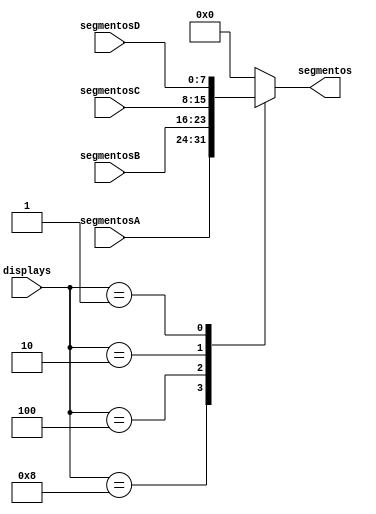
module multiplexadorSegmentos(segmentosA, segmentosB, segmentosC, segmentosD, displays, segmentos);
	input [3:0] displays;
	input [7:0] segmentosA, segmentosB, segmentosC, segmentosD;
	output reg [7:0] segmentos;
	
	always @ (displays) begin
		case (displays)
			8: segmentos = segmentosA;
			4: segmentos = segmentosB;
			2: segmentos = segmentosC;
			1: segmentos = segmentosD;
			default: segmentos = 0;
		endcase
	end
endmodule